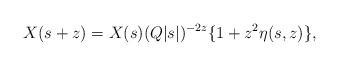
LaTeX: \begin{align*} X(s+z)=X(s)(Q|s|)^{-2z}\{1+z^2\eta(s,z)\},\end{align*}